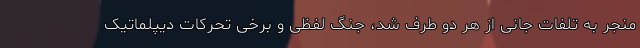
منجر به تلفات جانی از هر دو طرف شد، جنگ لفظی و برخی تحرکات دیپلماتیک